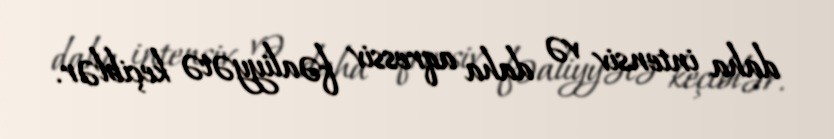
daha intensiv və daha aqressiv fəaliyyətə keçiblər.